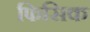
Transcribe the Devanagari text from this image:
फिसिक